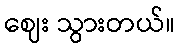
ဈေး သွားတယ်။